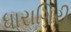
ધારાગિરી